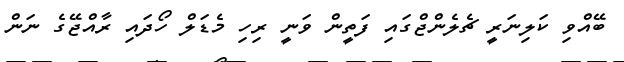
ބޭއްވި ކަލިނަރީ ޗެލެންޖްގައި ފަތީން ވަނީ ރިހި މެޑަލް ހޯދައި ރާއްޖޭގެ ނަން